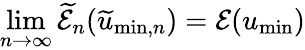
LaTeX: \operatorname*{lim}_{n\to\infty}\widetilde{\mathcal{E}}_{n}(\widetilde{u}_{\mathrm{min},n})=\mathcal{E}(u_{\mathrm{min}})